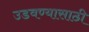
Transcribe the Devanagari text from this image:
उडवण्यासाठी